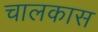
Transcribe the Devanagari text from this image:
चालकास